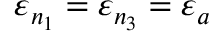
\varepsilon _ { n _ { 1 } } = \varepsilon _ { n _ { 3 } } = \varepsilon _ { a }